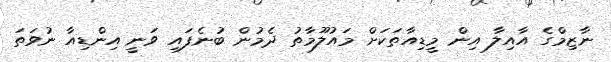
ނާޒިމްގެ އާއިލާ އިން މީޑިއާތަކަށް މައުލޫމާތު ދެމުން ބުނެފައި ވަނީ އިންޑިއާ ނުވަތަ